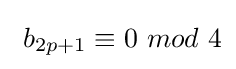
\ b_{2p+1}\equiv 0\ mod\ 4